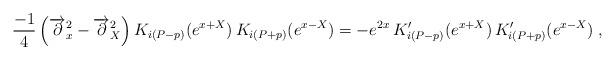
LaTeX: \begin{align*}\frac{-1}{4}\left(\overrightarrow{\partial}_{x}^{2}-\overrightarrow{\partial}_{X}^{2}\right) K_{i\left( P-p\right)}(e^{x+X})\,K_{i\left(P+p\right)}(e^{x-X})=-e^{2x}\,K_{i\left(P-p\right)}^{\prime}(e^{x+X})\,K_{i\left(P+p\right)}^{\prime}(e^{x-X})\;, \end{align*}